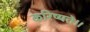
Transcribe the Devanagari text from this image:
करिष्यते॥